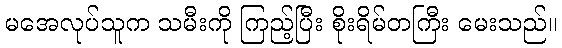
မအေလုပ်သူက သမီးကို ကြည့်ပြီး စိုးရိမ်တကြီး မေးသည်။